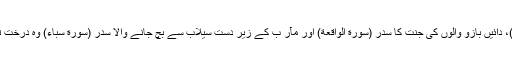
جنت الماویٰ کا سدرہ (سورة النجم)، دائیں بازو والوں کی جنت کا سدر (سورة الواقعة) اور مآر ب کے زیر دست سیلاب سے بچ جانے والا سدر (سورة سباء) وہ درخت تھا جو دنیا کا حسین ترین درخت ۔